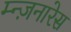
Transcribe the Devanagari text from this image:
म्न्ज़नारेस